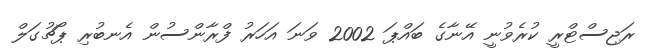
ރަޖިސްޓްރީ ކުރެވުނީ އޭނާގެ ބައްޕަ 2002 ވަނަ އަހަރު ފްރާންސުން އެނބުރި ޕޯޗުގަލް